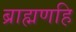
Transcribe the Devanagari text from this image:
ब्राह्मणहि